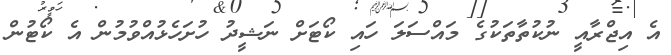
އެ އިޖްރާއީ ނުކުތާތަކުގެ މައްސަލަ ހައި ކޯޓަށް ނަޝީދު ހުށަހެޅުއްވުމުން އެ ކޯޓުން